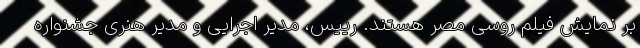
بر نمایش فیلم روسی مصر هستند. رییس، مدیر اجرایی و مدیر هنری جشنواره